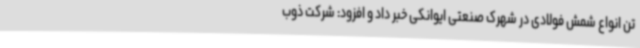
تن انواع شمش فولادی در شهرک صنعتی ایوانکی خبر داد و افزود: شرکت ذوب